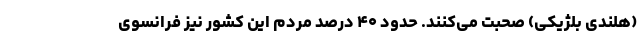
(هلندیِ بلژیکی) صحبت می‌کنند. حدود ۴۰ درصد مردم این کشور نیز فرانسوی